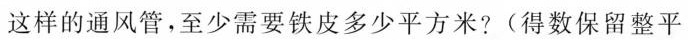
这样的通风管，至少需要铁皮多少平方米?(得数保留整